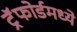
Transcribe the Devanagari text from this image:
ट्रॅफोर्डमध्ये